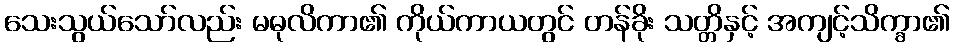
သေးသွယ်သော်လည်း မဓုလိကာ၏ ကိုယ်ကာယတွင် တန်ခိုး သတ္တိနှင့် အကျင့်သိက္ခာ၏